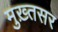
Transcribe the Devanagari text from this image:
मुख़्तसर